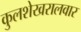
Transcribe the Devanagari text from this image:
कुलशेखरालवार